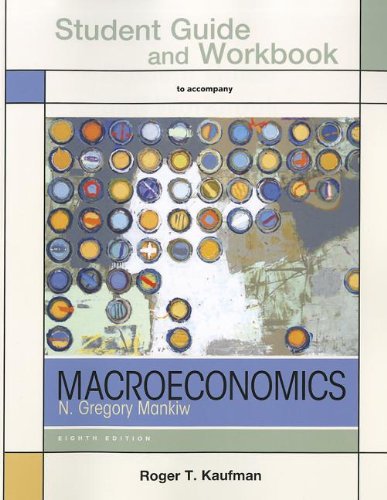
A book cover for Study Guide for Macroeconomics; Roger Kaufman; Business & Money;